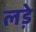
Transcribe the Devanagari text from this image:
लडे़